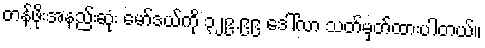
တန်ဖိုးအနည်းဆုံး မော်ဒယ်ကို ၃၂၉.၉၉ ဒေါ်လာ သတ်မှတ်ထားပါတယ်။